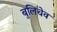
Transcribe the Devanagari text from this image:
बुलिचेव